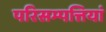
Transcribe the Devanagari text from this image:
परिसम्‍पत्तियां